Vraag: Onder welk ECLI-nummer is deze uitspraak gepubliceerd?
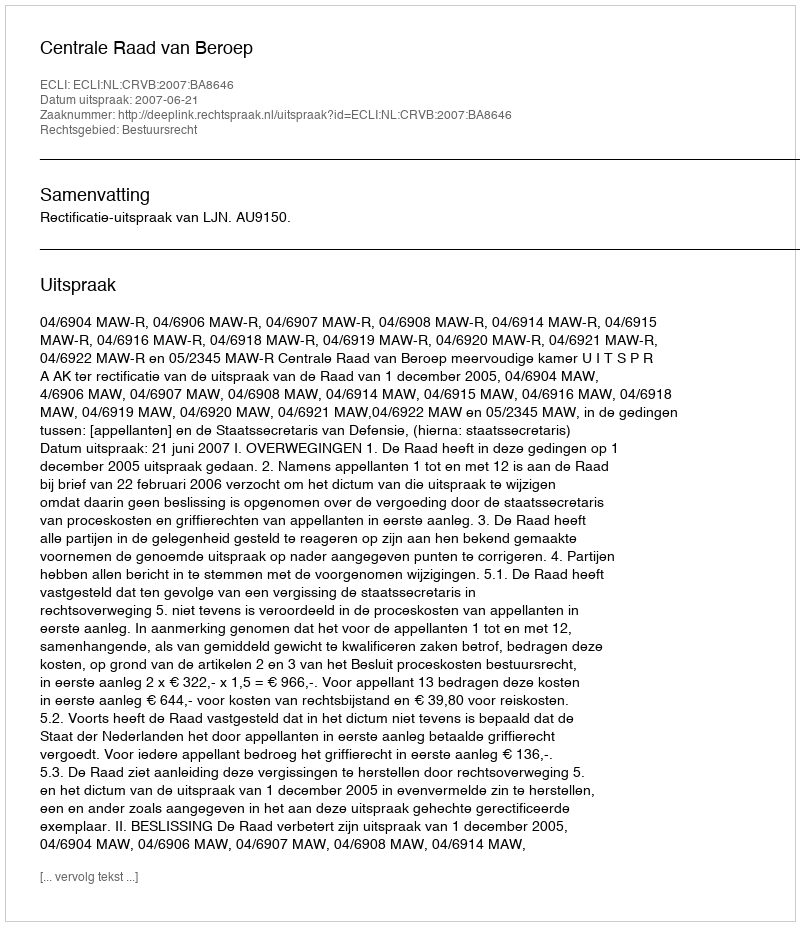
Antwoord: ECLI:NL:CRVB:2007:BA8646